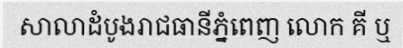
សាលាដំបូងរាជធានីភ្នំពេញ លោក គី ឬ